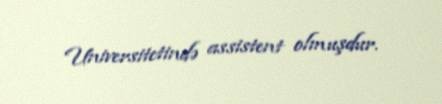
Universitetində assistent olmuşdur.